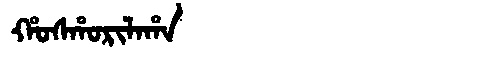
Manchu: ᡥᠣᠰᡥᠣᡵᡳᠯᠠᡥᠠ
Romanization: HOSHORILAHA